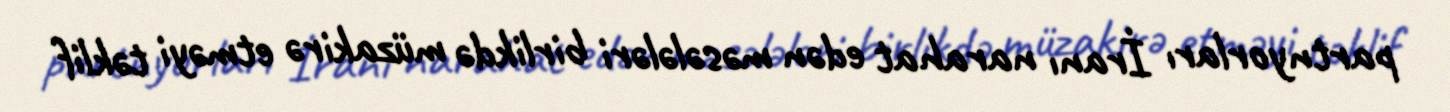
partnyorları İranı narahat edən məsələləri birlikdə müzakirə etməyi təklif